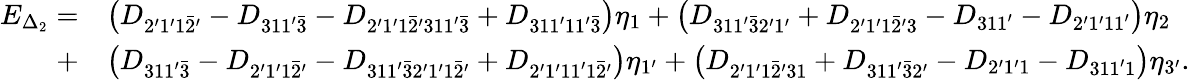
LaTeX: \begin{array}{rl}{E_{\Delta_{2}}=}&{\left({{D_{2^{\prime}1^{\prime}1\bar{2}^{\prime}}}-{D_{311^{\prime}\bar{3}}}-{D_{2^{\prime}1^{\prime}1\bar{2}^{\prime}311^{\prime}\bar{3}}}+{D_{311^{\prime}11^{\prime}\bar{3}}}}\right){\eta_{1}}+\left({{D_{311^{\prime}\bar{3}2^{\prime}1^{\prime}}}+{D_{2^{\prime}1^{\prime}1\bar{2}^{\prime}3}}-{D_{311^{\prime}}}-{D_{2^{\prime}1^{\prime}11^{\prime}}}}\right){\eta_{2}}}\\ {+}&{\left({{D_{311^{\prime}\bar{3}}}-{D_{2^{\prime}1^{\prime}1\bar{2}^{\prime}}}-{D_{311^{\prime}\bar{3}2^{\prime}1^{\prime}1\bar{2}^{\prime}}}+{D_{2^{\prime}1^{\prime}11^{\prime}1\bar{2}^{\prime}}}}\right){\eta_{1^{\prime}}}+\left({{D_{2^{\prime}1^{\prime}1\bar{2}^{\prime}31}}+{D_{311^{\prime}\bar{3}2^{\prime}}}-{D_{2^{\prime}1^{\prime}1}}-{D_{311^{\prime}1}}}\right){\eta_{3^{\prime}}}.}\end{array}